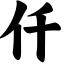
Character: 仟